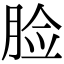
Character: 脸